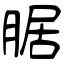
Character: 腒